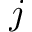
j